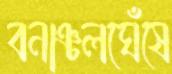
বনাঞ্চলঘেঁষে